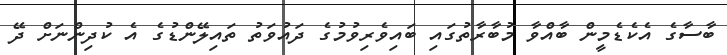
ބާސާގެ އެކެޑެމީން ބާއްވާ މުބާރާތުގައި ބައިވެރިވުމުގެ ދައުވަތު ތައިލޭންޑުގެ އެ ކުދިންނަށް ދޭ